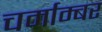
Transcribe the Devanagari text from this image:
चर्माम्बर